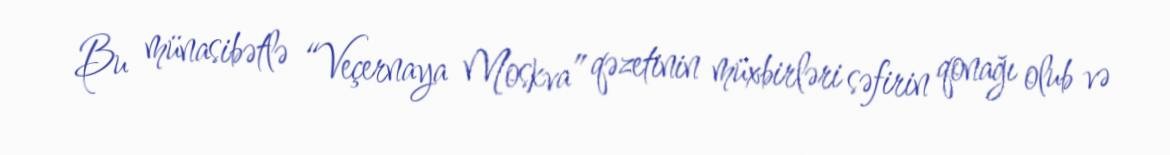
Bu münasibətlə “Veçernaya Moskva” qəzetinin müxbirləri səfirin qonağı olub və